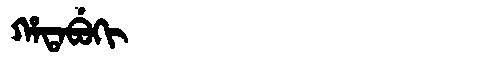
Manchu: ᡥᠠᡨᠠᠪᡠᡴᡳ
Romanization: HATABUKI